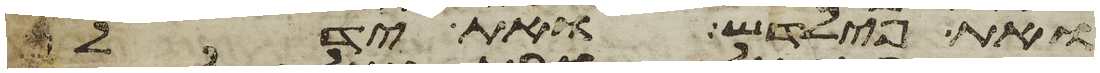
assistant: ואת פילדש ואת ידלף